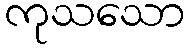
ကုသသော